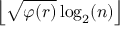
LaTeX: \left\lfloor { \sqrt { \varphi ( r ) } } \log _ { 2 } ( n ) \right\rfloor